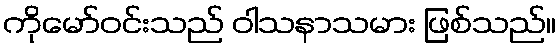
ကိုမော်ဝင်းသည် ဝါသနာသမား ဖြစ်သည်။